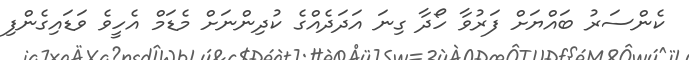
ކެންސަރު ބައްޔަށް ފަރުވާ ހޯދާ ގިނަ އަދަދެއްގެ ކުދިންނަށް މެޑަމް އެހީވެ ވަޑައިގެންފި